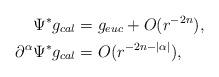
LaTeX: \begin{align*}\Psi^* g_{cal} &= g_{euc} + O(r^{-2n}), \\\partial^\alpha \Psi^*g_{cal} &= O(r^{-2n-|\alpha|}), \end{align*}